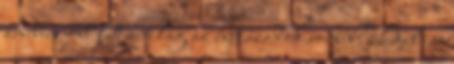
amiben jobb lett a világ az évszázadok során? Balázs